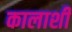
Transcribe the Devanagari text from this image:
कालाशी